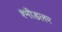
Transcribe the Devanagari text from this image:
श्मीडलर